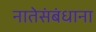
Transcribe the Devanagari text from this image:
नातेसंबंधाना